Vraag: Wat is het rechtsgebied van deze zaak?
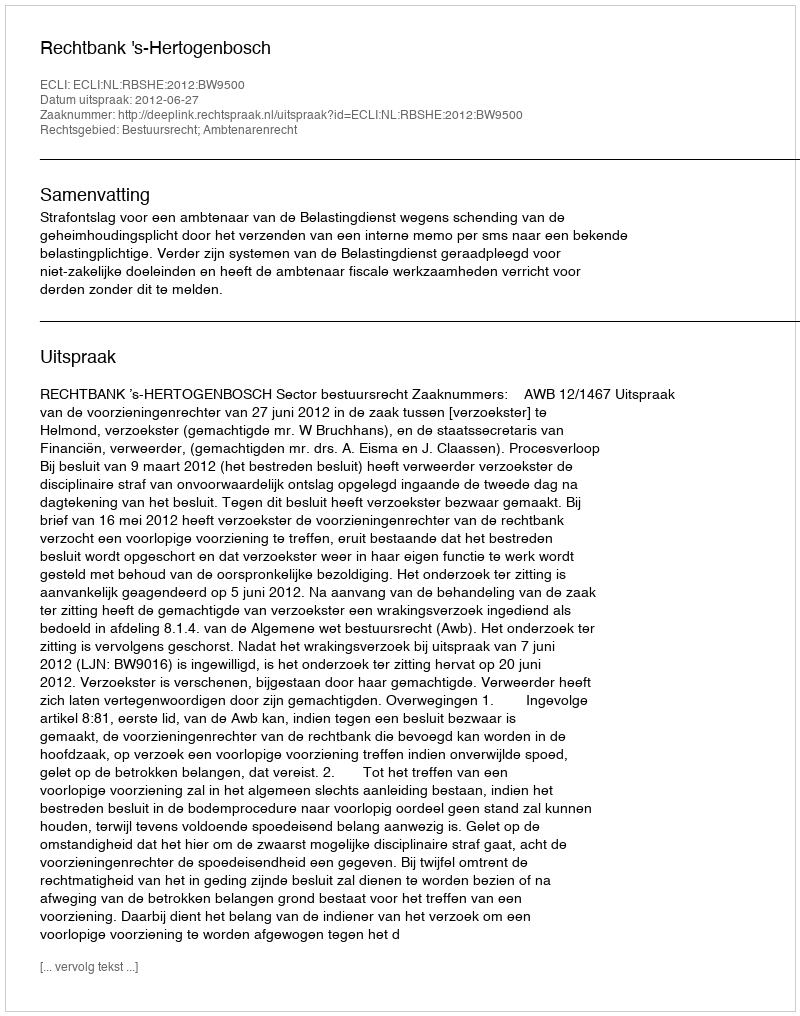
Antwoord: Bestuursrecht; Ambtenarenrecht